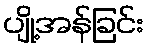
ပျို့အန်ခြင်း